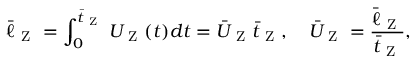
\bar { \ell } _ { \mathrm { ~ Z ~ } } = \int _ { 0 } ^ { \bar { t } _ { \mathrm { ~ Z ~ } } } U _ { \mathrm { ~ Z ~ } } ( t ) d t = \bar { U } _ { \mathrm { ~ Z ~ } } \bar { t } _ { \mathrm { ~ Z ~ } } , \quad \bar { U } _ { \mathrm { ~ Z ~ } } = \frac { \bar { \ell } _ { \mathrm { ~ Z ~ } } } { \bar { t } _ { \mathrm { ~ Z ~ } } } ,